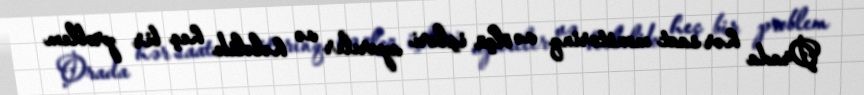
Orada hər saat monitorinq və ölçü işləri aparılır və hələlik heç bir problem